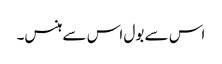
اس سے بول اس سے ہنس۔